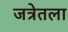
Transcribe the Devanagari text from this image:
जत्रेतला